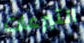
التبرعات